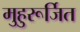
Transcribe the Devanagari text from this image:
मुहुरूर्जित